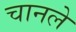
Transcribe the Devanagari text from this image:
चानले